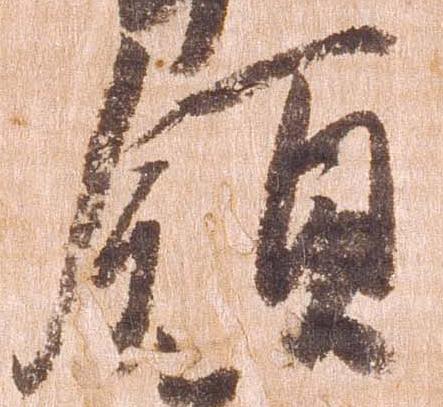
領